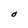
Character: O